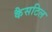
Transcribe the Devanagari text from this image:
कैसटिल